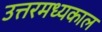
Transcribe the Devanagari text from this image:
उत्तरमध्यकाल